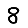
Digit: 8